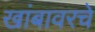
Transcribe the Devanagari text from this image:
खांबावरचे